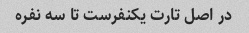
در اصل تارت یکنفرست تا سه نفره